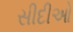
સીદીઓ